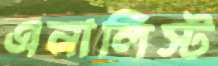
এনালিস্ট